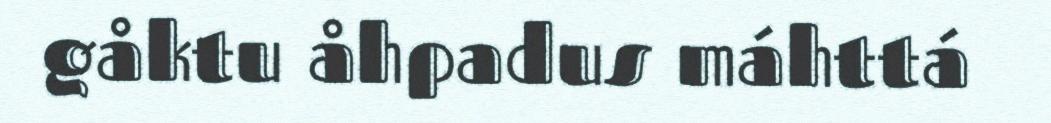
gåktu åhpadus máhttá